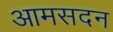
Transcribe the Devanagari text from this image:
आमसदन